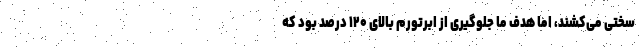
سختی می‌کشند، اما هدف ما جلوگیری از ابرتورم بالای ۱۲۰ درصد بود که